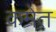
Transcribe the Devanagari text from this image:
कमेत